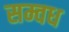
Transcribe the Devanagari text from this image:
सम्वध